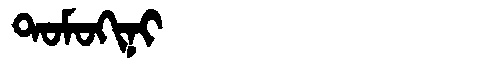
Manchu: ᡨᠣᠮᠣᡴᡳᠨᡳ
Romanization: TOMOKINI